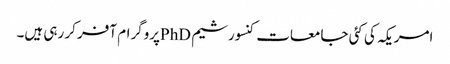
امریکہ کی کئی جامعات کنسورشیم PhDپروگرام آفر کر رہی ہیں۔